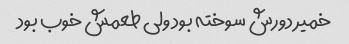
خمیر دورش سوخته بود ولی طعمش خوب بود